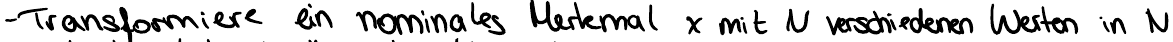
- Transformiere ein nominales Merkmal x mit N verschiedenen Werten in N